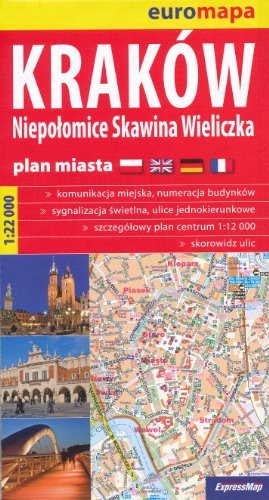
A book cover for Krakow & Wieliczka (Cracow, Poland) 1:22,000 Large Street Map; ExpressMap; Travel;